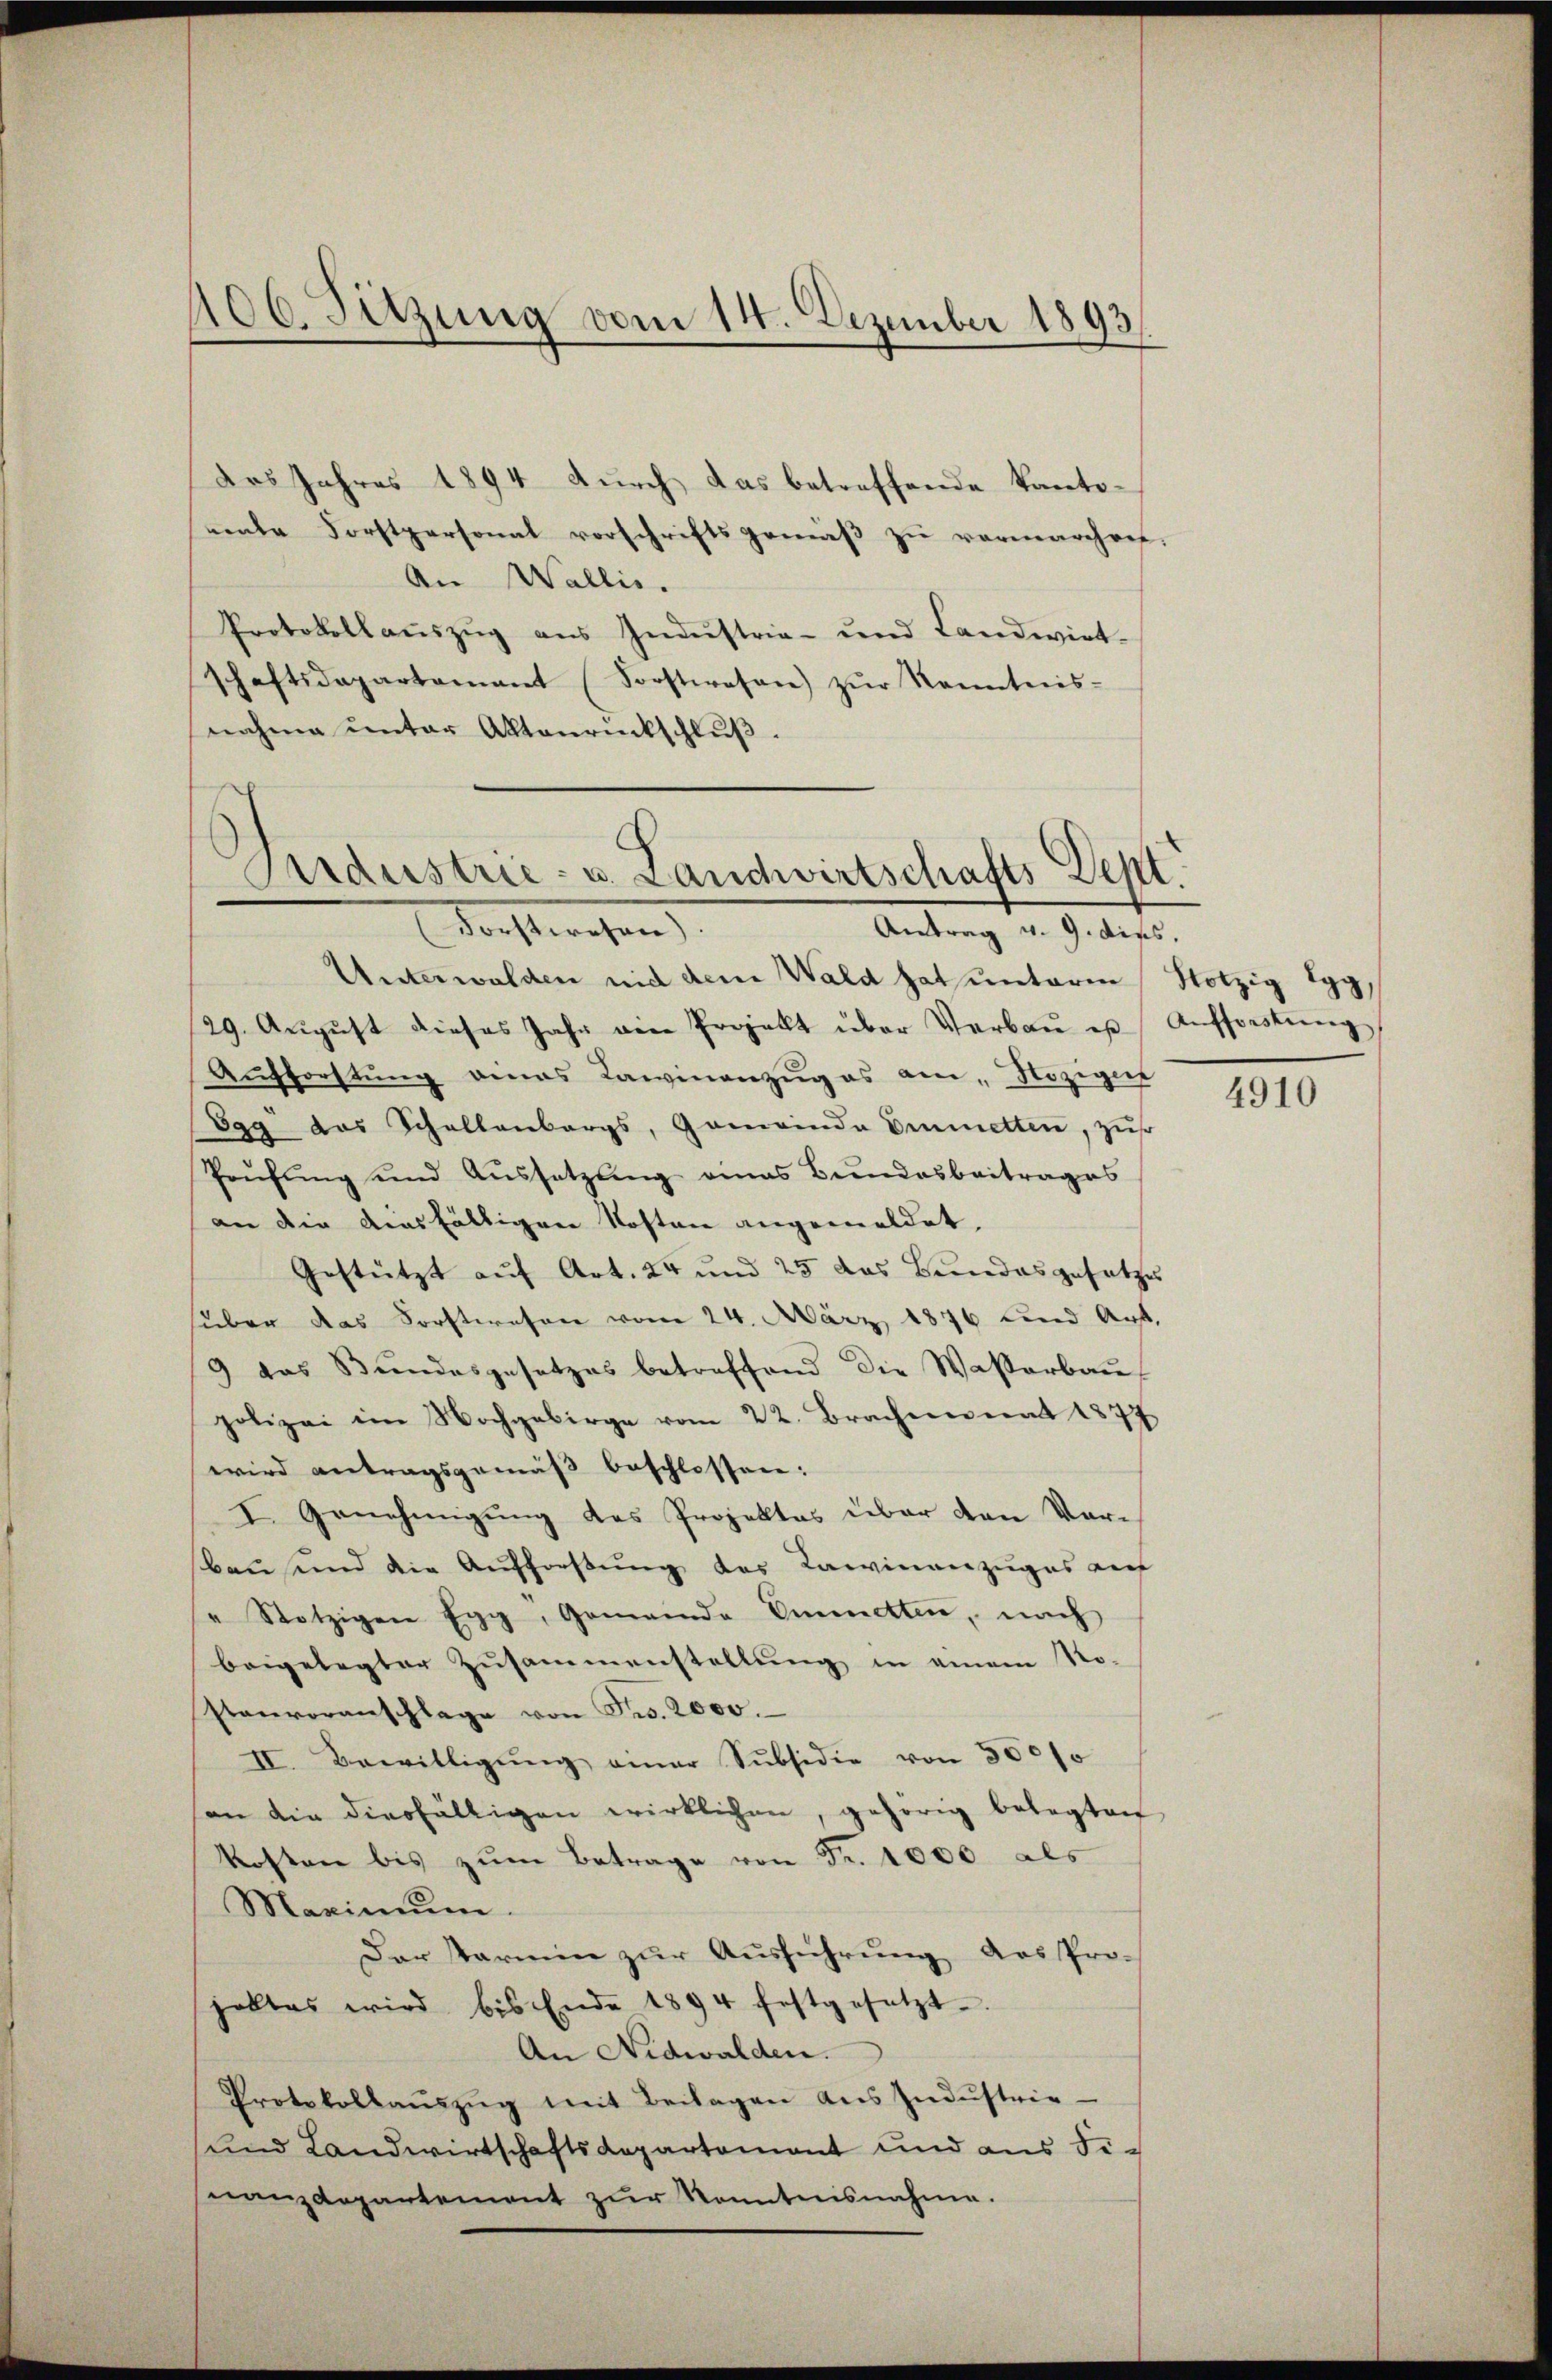
des Jahres 1894 durch das betreffende Kantonente Forstpersonal vorschriftsgemäβ zŭ vermarchen.
An Wallis.
Protokollaŭszŭg aŭs Indŭstria- und Landwirt-
schaftsdepartamant (Forstwesen) zŭr Kenntnis-
snahme unter Aktenrückschluß.

400. Sitzung vom 14. Dezember 1893

Ardustrie- u. Landwirtschafts-Dept.
Forstwesen
Antrag v. 9. dies.

Aŭfforstŭng eines Kaminanzŭg es am „Hoziger
Egg das Schallenbergs, Gemeinda Eimetten, zus
Prüfŭng und Aŭssetzŭng eines Bundesbeitrages
an die diesfälligen Kosten angemeldet,
Gestützt auf Art. 24 und 25 das Bundesgesetzes
über das Forstwesen vom 24. März 1876 und Auf-
3 das Bundesgesetzes betreffend die Waßerbaŭ
polizei im Nochgebirge vom 22. Brachmonat 1877
wird antragsgemäß beschlossen:
I Genehmigung des Projektes über den Vorbau und die Aufforstung des Kaminenzuges auf
" Stotzigen Egg, Gemeinde Emmetten, nach
beigelegter Zusammenstellung in einem No-
stenvoranschlage von Fr. 2000.
II. Bewilligŭng aner Subsidie von 500/0
son die diesfälligen wirklichen, gehörig belegten
Kosten bis zŭm Betrage von Fr. 1000 als
Maximŭm.
Der Starmin zur Ausführung das Pro-
holtes wird bis Ende 1894 festgesetzt
An Nidwalden.
Protokollaŭszŭg mit Beilagen aus Indŭstrie
und Landwirtschaftsdepartement und aus Se-
nanzdepartement zŭr Kenntnisnahme.

Unterwalden nid dem Wald hat unterm Notzig Egg,
29. Aŭgŭst dieses Jahr ein Projekt über Verbaŭ u Aŭfforstŭng

4910